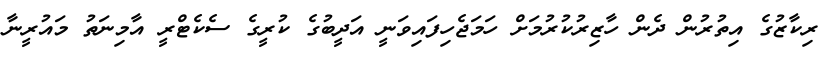
ރިކާޒުގެ އިތުރުން ދެން ހާޒިރުކުރުމަށް ހަމަޖެހިފައިވަނީ އަދީބުގެ ކުރީގެ ސެކެޓްރީ އާމިނަތު މައުރީނާ